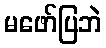
မဖော်ပြဘဲ